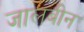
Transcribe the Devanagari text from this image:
जालबीन